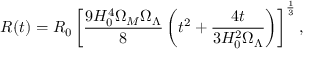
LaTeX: R ( t ) = R _ { 0 } \left[ \frac { 9 H _ { 0 } ^ { 4 } \Omega _ { M } \Omega _ { \Lambda } } { 8 } \left( t ^ { 2 } + \frac { 4 t } { 3 H _ { 0 } ^ { 2 } \Omega _ { \Lambda } } \right) \right] ^ { \frac { 1 } { 3 } } ,